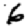
Digit: 6